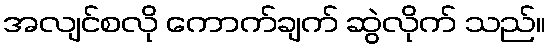
အလျင်စလို ကောက်ချက် ဆွဲလိုက် သည်။